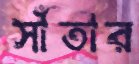
সাঁতার